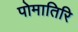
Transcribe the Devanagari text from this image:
पोमातिरि